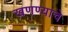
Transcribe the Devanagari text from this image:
खणण्याचे